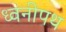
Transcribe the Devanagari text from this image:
ध्वनीपथ